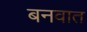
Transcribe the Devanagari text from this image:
बनवात